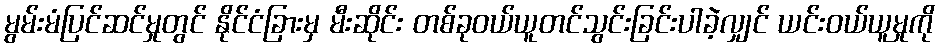
မွမ်းမံပြင်ဆင်မှုတွင် နိုင်ငံခြားမှ မီးဆိုင်း တစ်ခုဝယ်ယူတင်သွင်းခြင်းပါခဲ့လျှင် ယင်းဝယ်ယူမှုကို